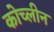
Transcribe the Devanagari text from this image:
कोच्लीन